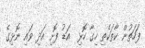
ފަހަތުން ކާތަކެތި ހިގާ ހޮޅި  އަޑު ފޮށި އަދި ވައި ނޮޅިގެ